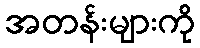
အတန်းများကို